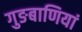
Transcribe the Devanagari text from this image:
गुङबाणियां